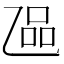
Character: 𬼬